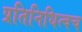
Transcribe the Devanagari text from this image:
प्रतिनिधित्वच